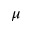
\mu